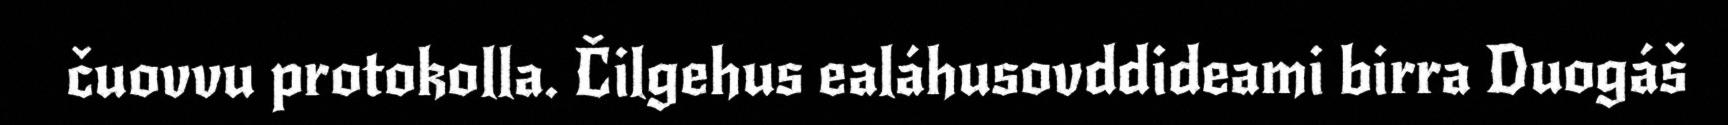
čuovvu protokolla. Čilgehus ealáhusovddideami birra Duogáš